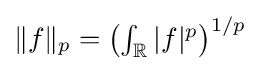
{\textstyle \|f\|_{p}=\left(\int _{\mathbb {R} }|f|^{p}\right)^{1/p}}